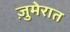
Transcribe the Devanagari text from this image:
ज़ुमेरात